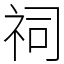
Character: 祠